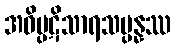
အဝိပ္ပဋိသာရသမ္ပန္နဿ